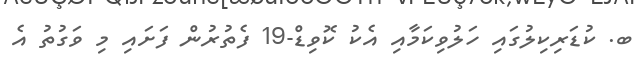
ބ. ކުޑަރިކިލުގައި ހަލުވިކަމާއި އެކު ކޮވިޑް-19 ފެތުރުން ފަށައި މި ވަގުތު އެ